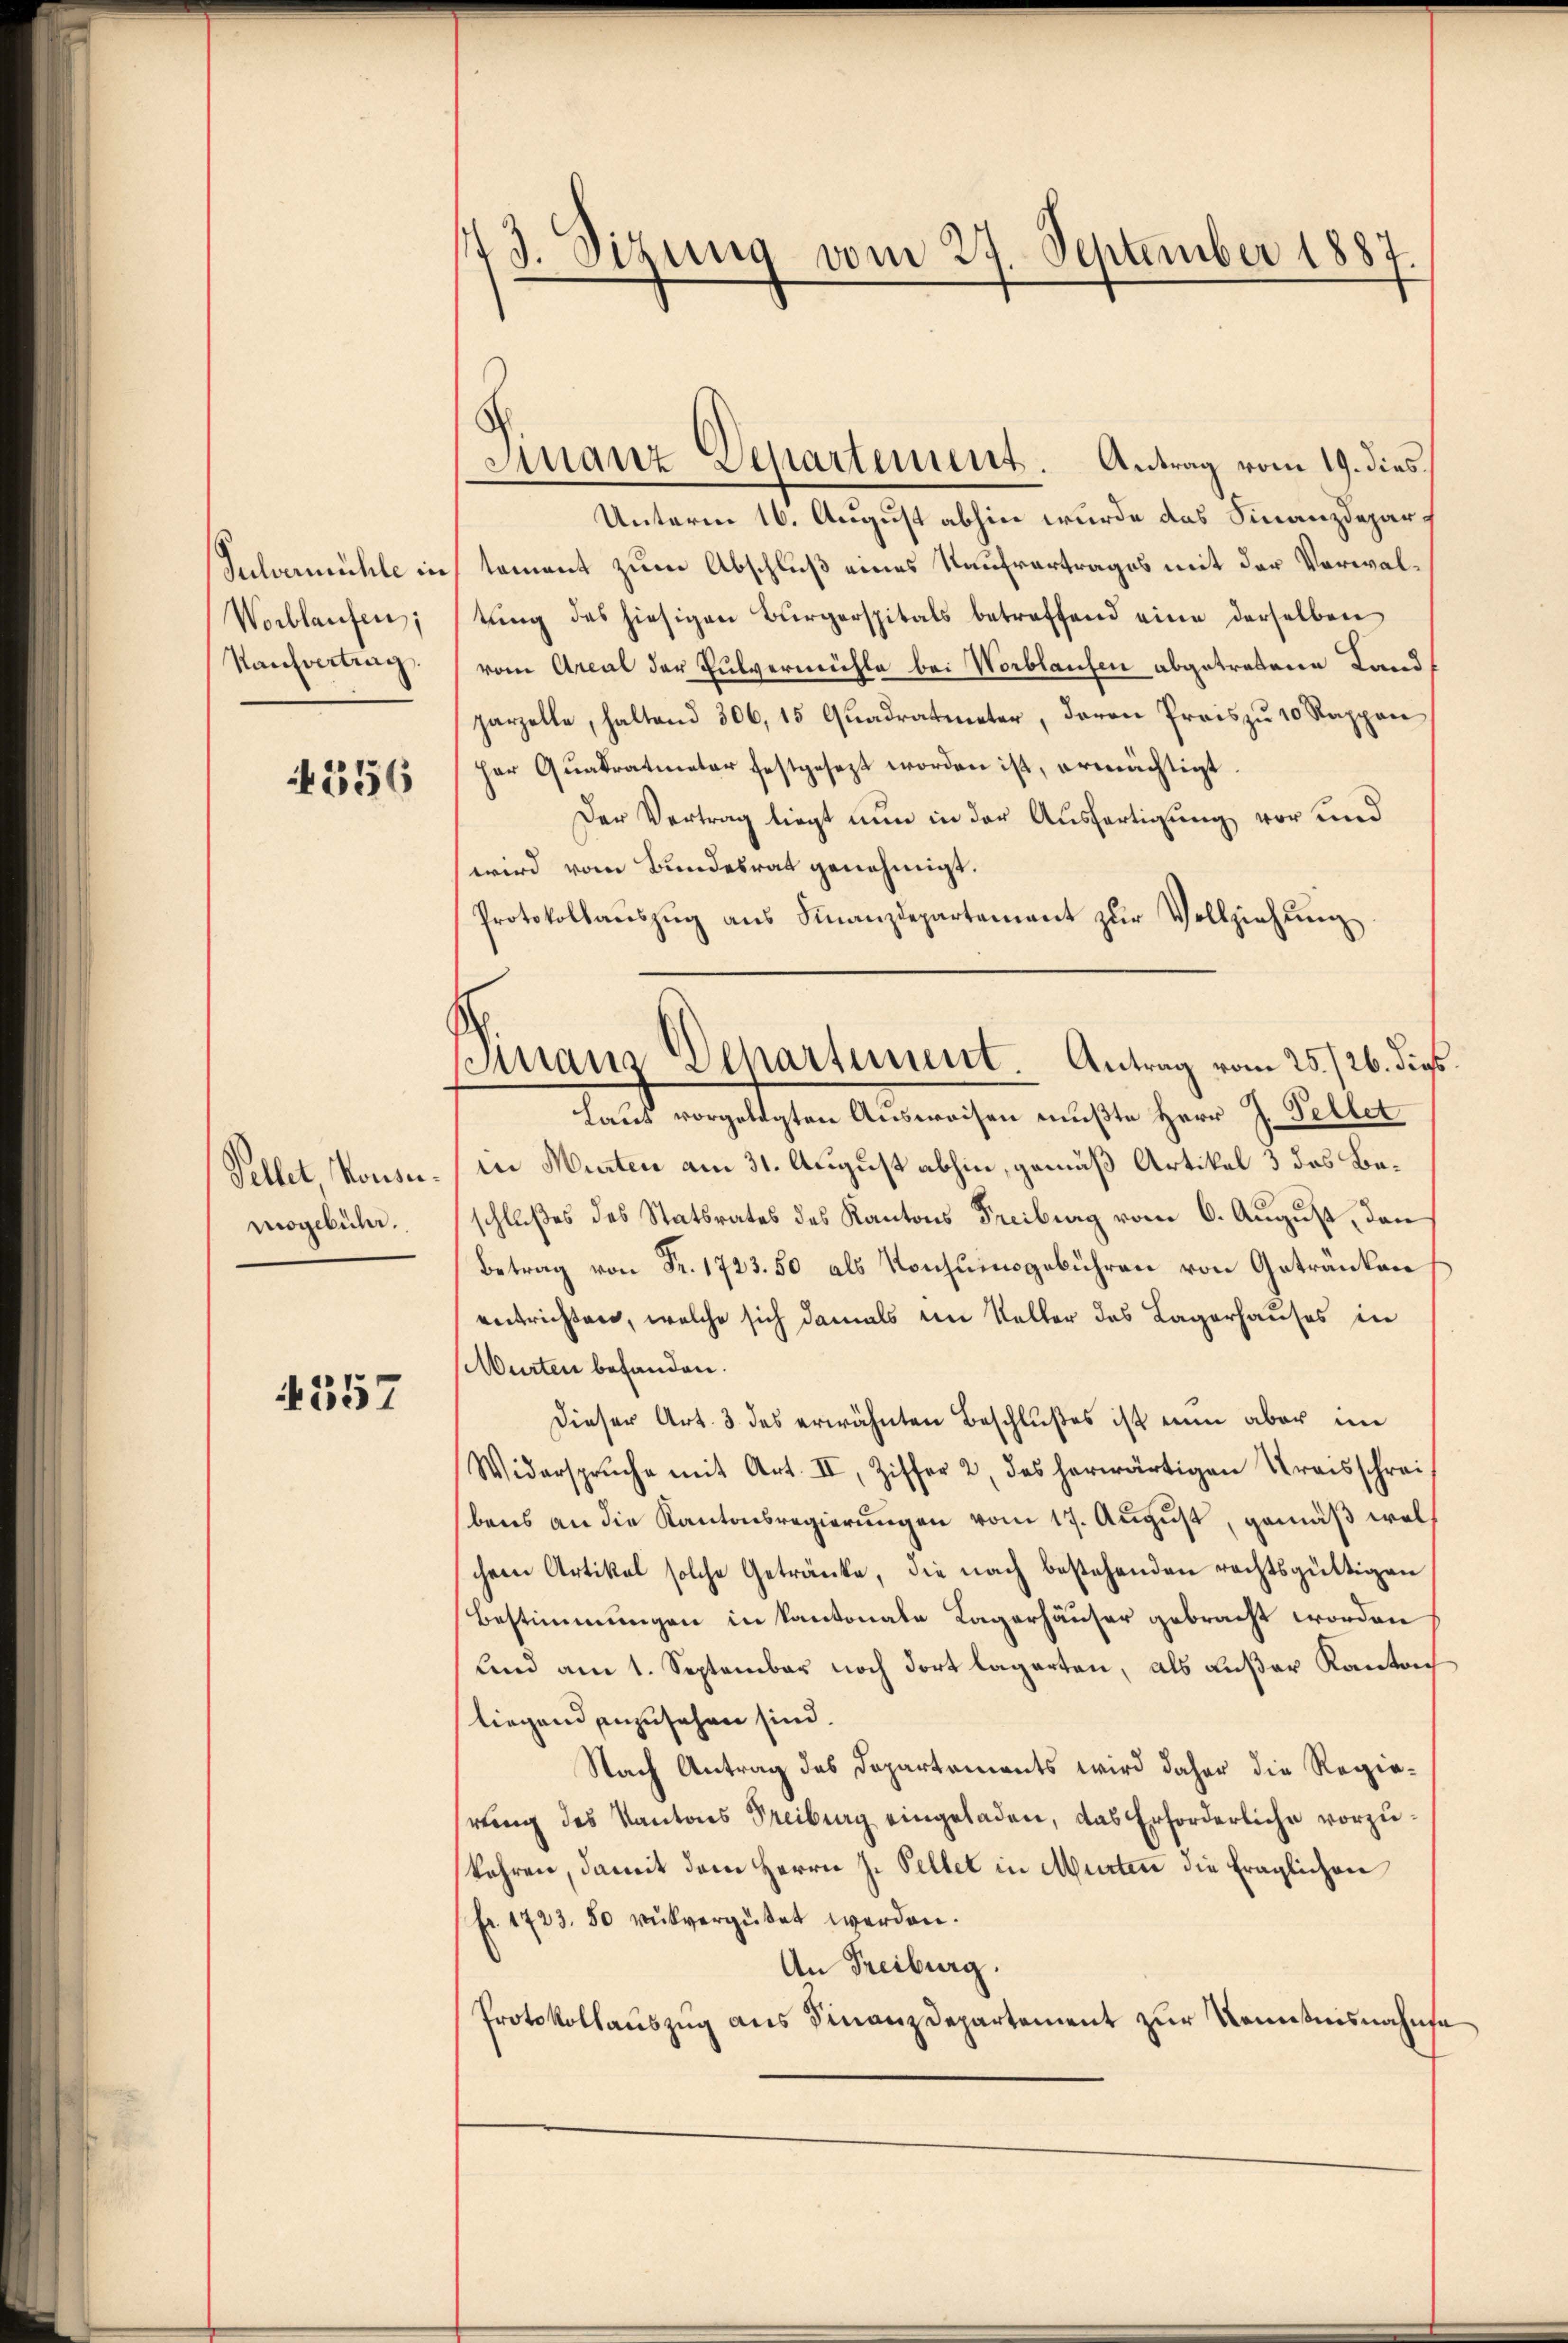
Sulvermühle in
Worblaufen;
Kaufvertrag

356

Vellet konse
mogebühr.

4557

173. Sizung vom 27. September 1887

Finanz Separtement. Antrag vom 19. dies

Sirranz Dehartement Antrag vom 25./26. die.

Unterm 16. August abhin wurde das Finanzdepartement zum Abschluß eines Kaufvertrages mit der Verwaltung des hiesigen Bürgerspitals betreffend eine derselben
vom Areal der Pulvermühle bei Norblaufen abgetretene Land
parzelle, haltend 306, 15 Quadratmeter, davon Preis zu 10 Rappon
Her Quadratmeter festgesezt worden ist, ermächtigt.
Der Vertrag liegt nun in der Ausfertigung vor und
wird vom Bundesrat genehmigt.
Protokollaŭszŭg ans Finanzdepartement zŭr Vollziehung
Laut vorgelegten Ausweisen mußte Herr J. Fellet
in Murten am 31. August abhin, gemäß Artikel 3 das Beschlußes des Statsrates des Kantons Freiburg vom 6. August, den
Betrag von Fr. 1723. 50 als Konsumsgebühren von Getranken
entrichten, welche sich damals ein Keller das Lagerhauses in
Murten behanden.
Dieser Art. 3 des erwähnten Beschlußes ist nun aber im
Widerspruche mit Art. II, Ziffer 2, des herwärtigen Kreisschreibens an die Kantonsregierungen vom 17. August, gemäß welschen Artikel solche Getränke, die nach bestehenden rechtsgültigen
Bestimmungen in Kantonale Lagerhäuser gebracht worden
und am 1. September noch dort lagerten, als außer Kanton
liegend anzusehen sind.
Nach Antrag des Departements wird daher die Regiereng des Kantons Treiburg eingeladen, das Erforderliche vorzukahren, damit dem Herrn J. Selber in Murten die fraglichen
fr. 1723. 50 rukvergütet werden.
An Freiburg.
Protokollaŭszŭg ans Finanzdepartement zur Kenntnisnahme